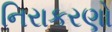
નિરાકરણો